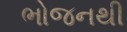
ભોજનથી